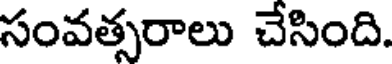
సంవత్సరాలు చేసింది.